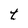
Character: t